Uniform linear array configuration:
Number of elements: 48
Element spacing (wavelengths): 0.75
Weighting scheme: hamming
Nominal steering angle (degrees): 45
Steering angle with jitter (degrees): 43.828
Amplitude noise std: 0.05
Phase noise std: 0.05

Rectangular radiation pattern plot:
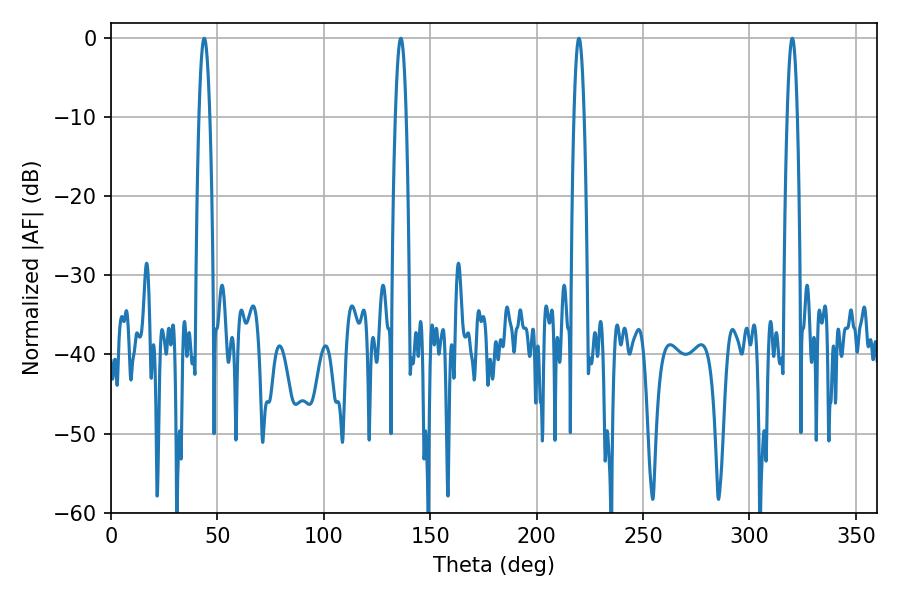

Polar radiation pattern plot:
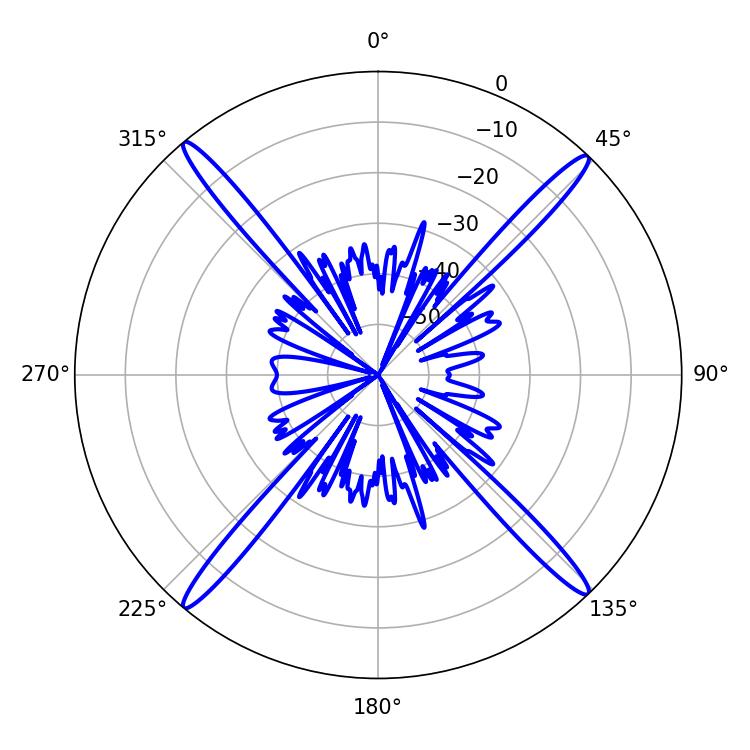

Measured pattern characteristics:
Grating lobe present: TRUE
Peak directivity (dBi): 23.172
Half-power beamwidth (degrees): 2.7
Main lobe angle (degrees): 43.74